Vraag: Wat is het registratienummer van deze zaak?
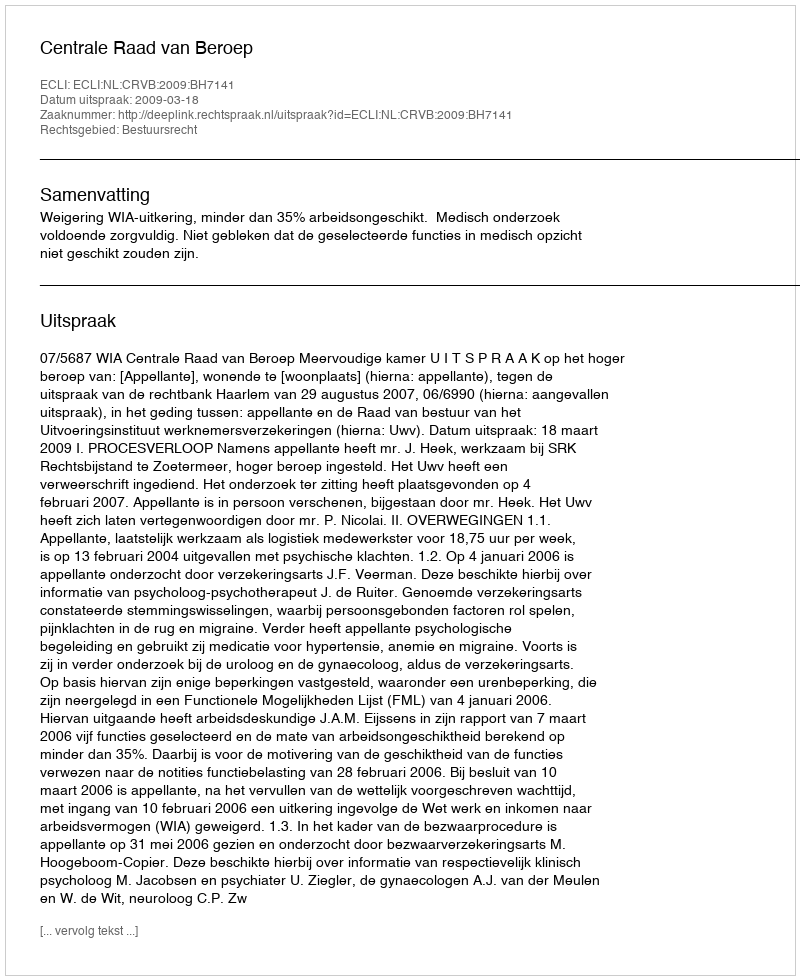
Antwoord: http://deeplink.rechtspraak.nl/uitspraak?id=ECLI:NL:CRVB:2009:BH7141